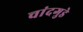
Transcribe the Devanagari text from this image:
चांदगुडे